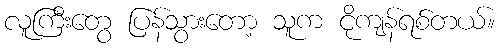
လူကြီးတွေ ပြန်သွားတော့ သူက ငိုကျန်ရစ်တယ်။